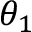
\theta _ { 1 }